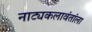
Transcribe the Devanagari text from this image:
नाट्यकलावंतांला